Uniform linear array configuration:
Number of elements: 4
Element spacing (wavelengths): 0.75
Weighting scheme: cosine
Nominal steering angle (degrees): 45
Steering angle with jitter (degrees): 44.267
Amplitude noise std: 0.05
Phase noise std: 0.05

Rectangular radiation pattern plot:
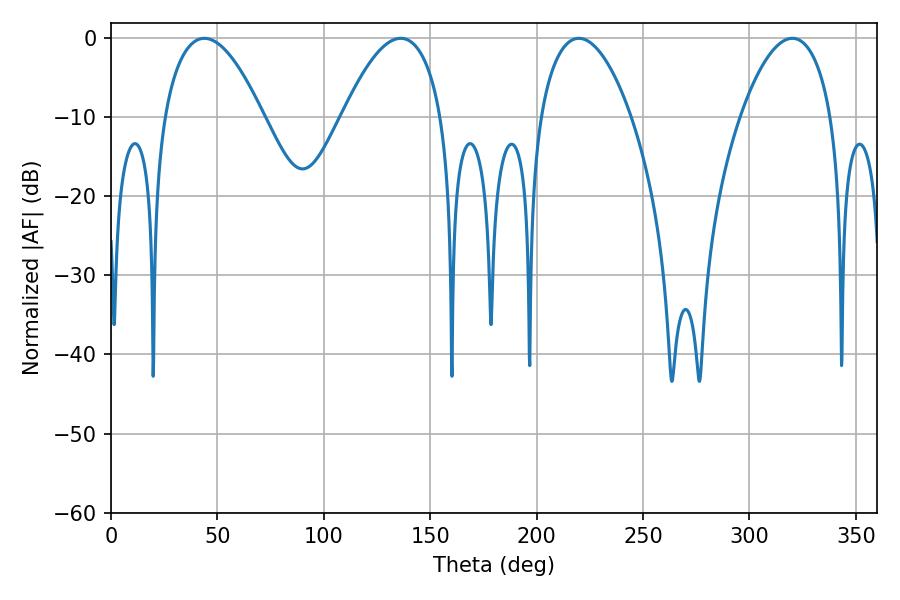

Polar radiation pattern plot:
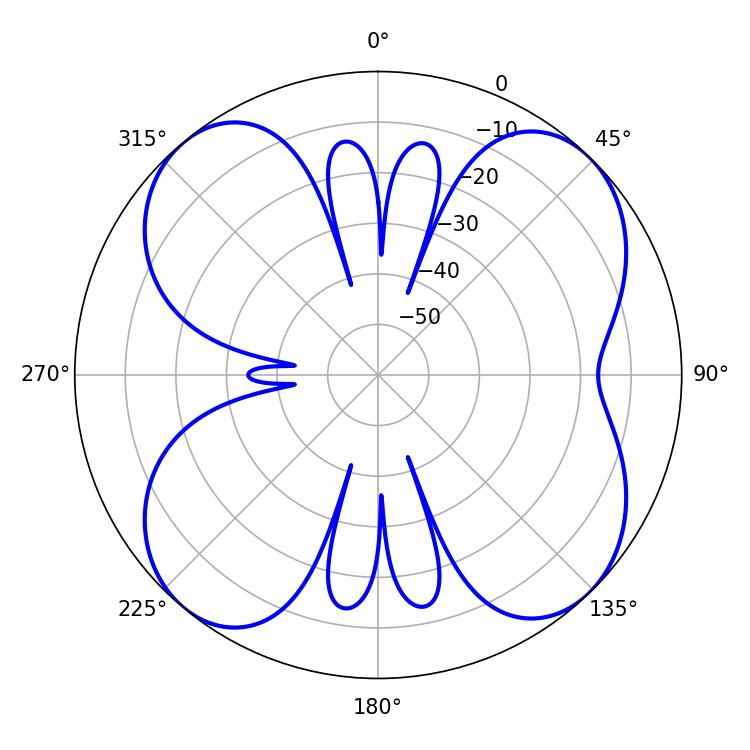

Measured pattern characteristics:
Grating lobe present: TRUE
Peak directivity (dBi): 12.325
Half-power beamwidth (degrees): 23.94
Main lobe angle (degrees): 219.78